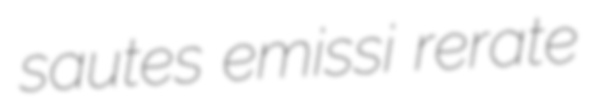
sautes emissi rerate